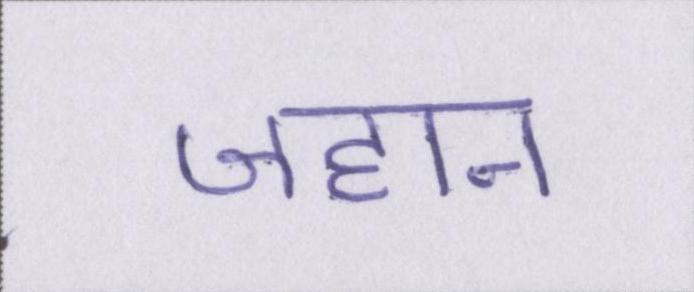
जहान